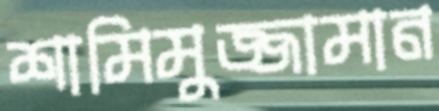
শামিমুজ্জামান